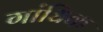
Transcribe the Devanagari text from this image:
गांधिक